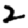
Digit: 2